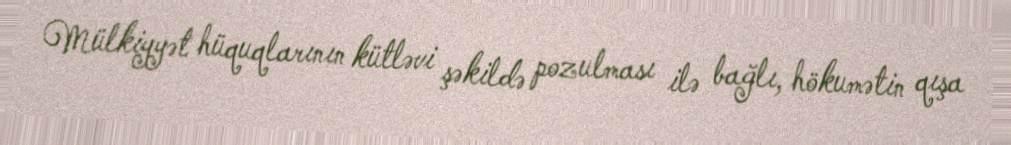
Mülkiyyət hüquqlarının kütləvi şəkildə pozulması ilə bağlı, hökumətin qışa